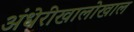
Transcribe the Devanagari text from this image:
अंधेरीखालोखाल